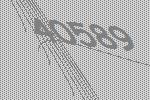
40589